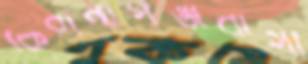
কেরানীগঞ্জবাসী